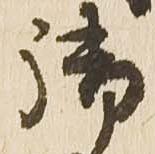
御